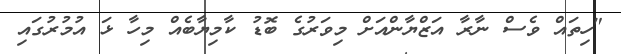
"ހިތައް ވެސް ނާރާ އަޒްޔާންއަށް މިވަރުގެ ބޮޑު ކާމިޔާބެއް މިހާ ޅަ އުމުރުގައި